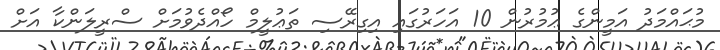
މުޙައްމަދު އަމީންގެ ޢުމުރުން 10 އަހަރުގައި އިގިރޭސި ތަޢުލީމް ހޯއްދެވުމަށް ސްރީލަންކާ އަށް